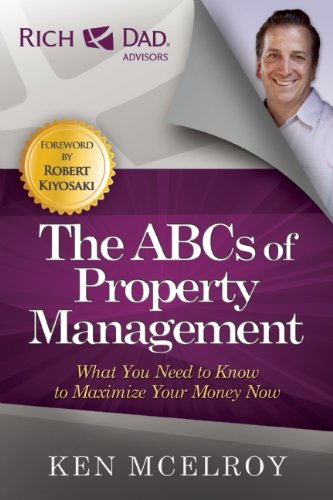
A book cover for The ABCs of Property Management: What You Need to Know to Maximize Your Money Now (Rich Dad Advisors); Ken McElroy; Business & Money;